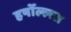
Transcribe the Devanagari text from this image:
हर्षोल्लस